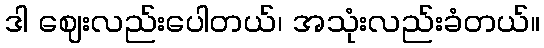
ဒါ ဈေးလည်းပေါတယ်၊ အသုံးလည်းခံတယ်။